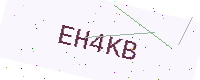
Text: EH4KB